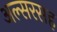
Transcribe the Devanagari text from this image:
अल्सरसह